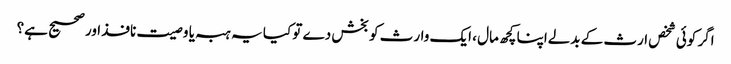
اگر کوئی شخص ارث کے بدلےاپنا کچھ مال ، ایک وارث کو بخش دے تو کیا یہ ہبہ یا وصیت نافذ اور صحیح ہے؟